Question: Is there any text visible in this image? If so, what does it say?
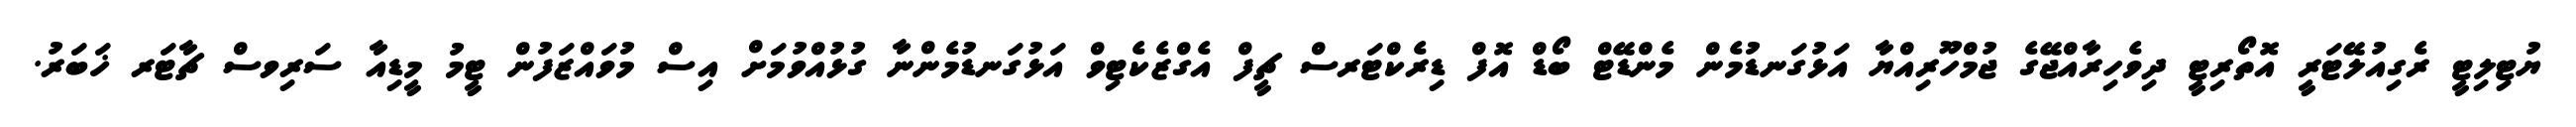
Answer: ޔުޓިލިޓީ ރެގިއުލޭޓަރީ އޮތޯރިޓީ ދިވެހިރާއްޖޭގެ ޖުމްހޫރިއްޔާ އަޅުގަނޑުމެން މެންޑޭޓް ބޯޑް އޮފް ޑިރެކްޓަރސް ޗީފް އެގްޒެކެޓިވް އަޅުގަނޑުމެންނާ ގުޅުއްވުމަށް އިސް މުވައްޒަފުން ޓީމު މީޑިއާ ސަރިވސް ޗާޓަރ ޚަބަރު.